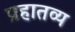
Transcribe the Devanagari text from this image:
प्रहातव्य